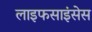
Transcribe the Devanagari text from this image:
लाइफसाइंसेस